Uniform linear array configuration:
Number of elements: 64
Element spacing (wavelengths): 0.75
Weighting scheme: cosine
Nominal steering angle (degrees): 0
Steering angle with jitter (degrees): -1.139
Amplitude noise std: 0.05
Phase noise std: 0.05

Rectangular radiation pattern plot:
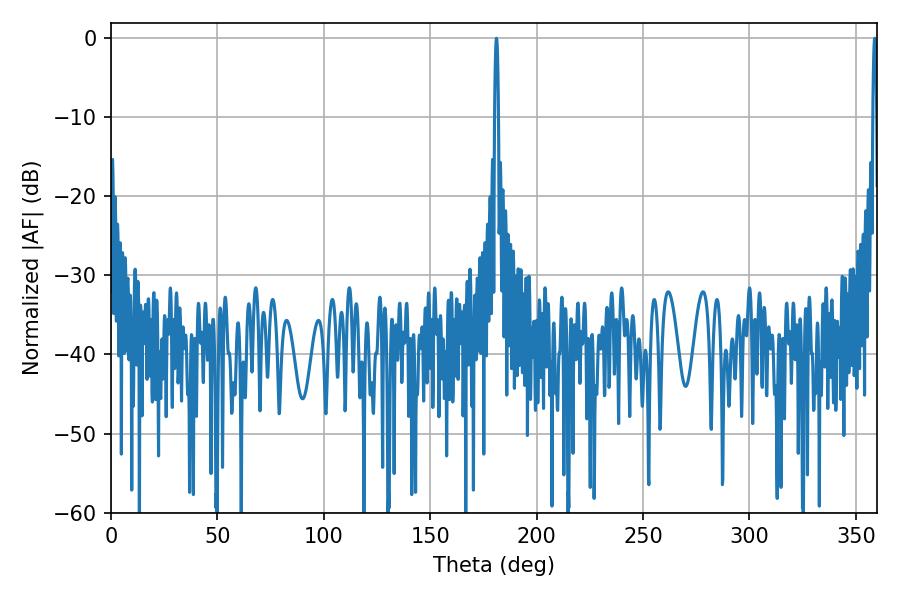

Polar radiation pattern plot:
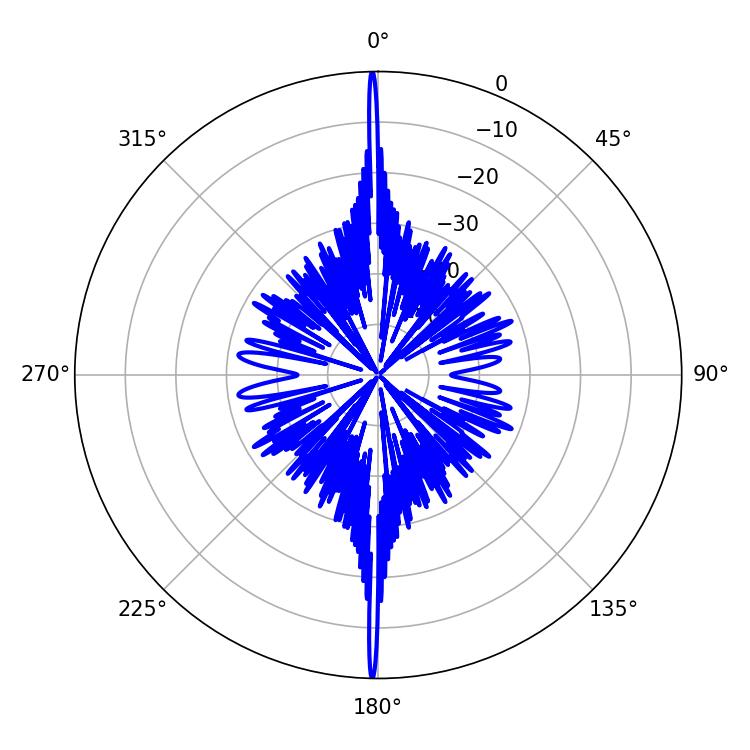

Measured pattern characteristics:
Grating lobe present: TRUE
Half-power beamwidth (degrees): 0.9
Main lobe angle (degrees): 181.08